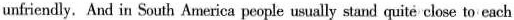
unfriendly. And in South America people usually stand quité close to each